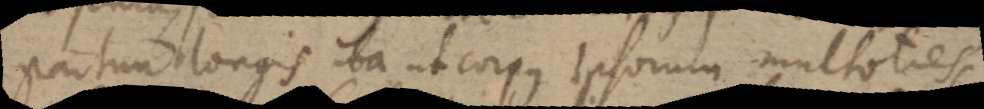
partim longis ita ut corpus ipsorum multoties